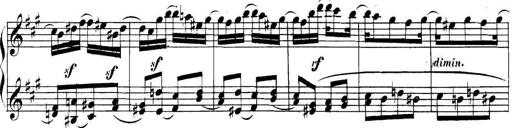
Title: Collected Piano Sonatas
Composer: Muzio Clementi